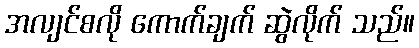
အလျင်စလို ကောက်ချက် ဆွဲလိုက် သည်။